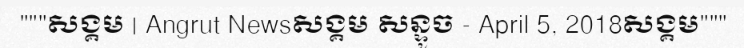
"""សង្គម | Angrut Newsសង្គម សន្ទូច - April 5, 2018សង្គម"""